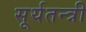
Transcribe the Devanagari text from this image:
सूर्यतन्त्री